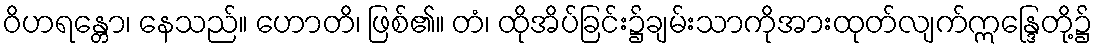
ဝိဟရန္တော၊ နေသည်။ ဟောတိ၊ ဖြစ်၏။ တံ၊ ထိုအိပ်ခြင်း၌ချမ်းသာကိုအားထုတ်လျက်ဣန္ဒြေတို့၌